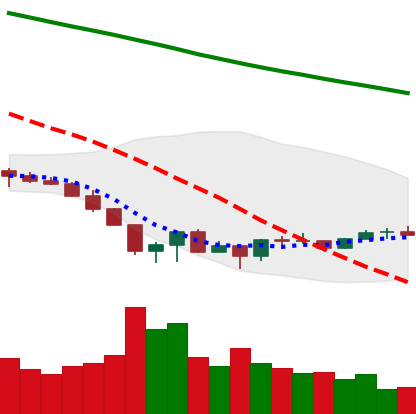
Ticker: EOS-USD
Chart end date: 2022-06-26
Forward return: -8.177%
Label: down_7plus